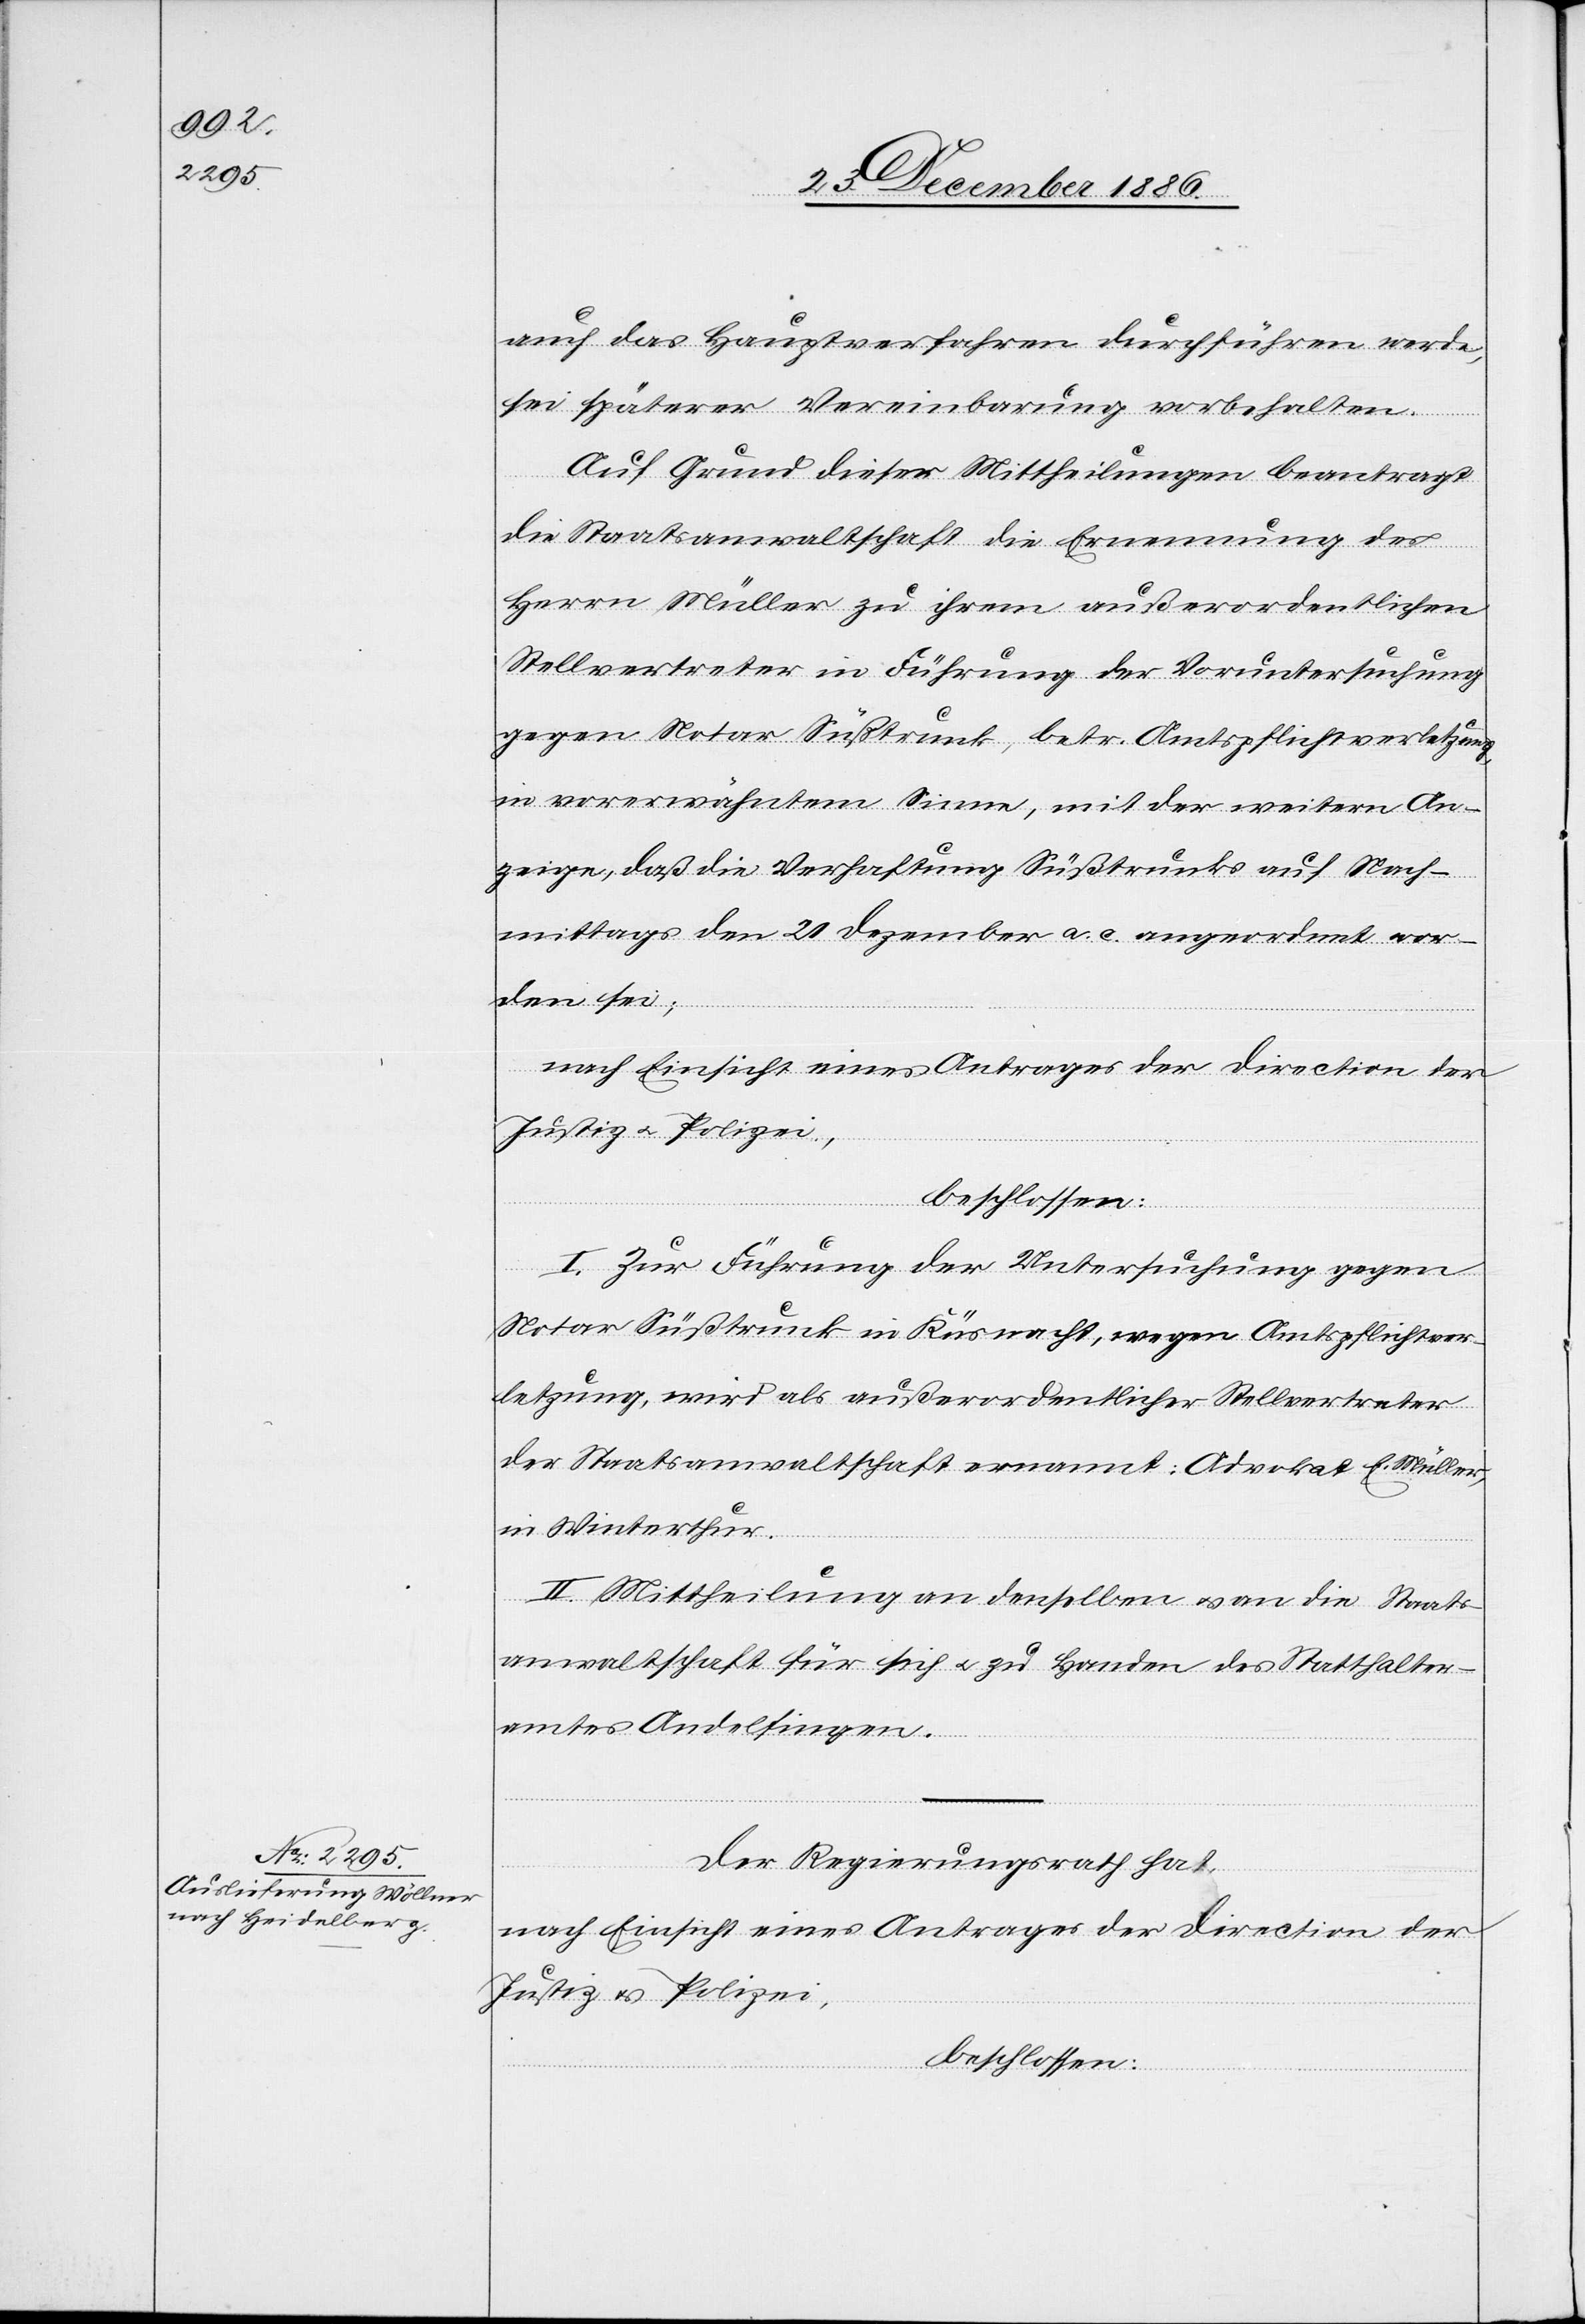
auch das Hauptverfahren durchführen werde,
sei späterer Vereinbarung vorbehalten.
Auf Grund dieser Mittheilung beantragt
die Staatsanwaltschaft die Ernennung des
Herrn Müller zu ihrem außerordentlichen
Stellvertreter in Führung der Voruntersuchung
gegen Notar Süßtrunk, betr. Amtspflichtverletzung,
in vorerwähntem Sinne, mit der weitern An¬
zeige, daß die Verhaftung Süßtrunks auf Nach¬
mittags den 20. Dezember a. c. angeordnet wor¬
den sei;
I. Zur Führung der Untersuchung gegen
Notar Süßtrunk in Küsnacht, wegen Amtspflichtver¬
letzung, wird als außerordentlicher Stellvertreter
der Staatsanwaltschaft ernannt: Advokat E. Müller,
in Winterthur.
II. Mittheilung an denselben & an die Staats¬
anwaltschaft für sich & zu Handen des Statthalter¬
amtes Andelfingen.
Der Regierungsrath hat,
nach Einsicht eines Antrages der Direction der
Justiz & Polizei,
beschlossen: